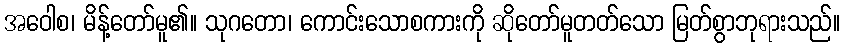
အဝေါစ၊ မိန့်တော်မူ၏။ သုဂတော၊ ကောင်းသောစကားကို ဆိုတော်မူတတ်သော မြတ်စွာဘုရားသည်။